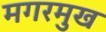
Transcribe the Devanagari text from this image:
मगरमुख